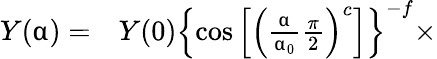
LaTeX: \begin{array}{rl}{Y(\upalpha)=}&{{}Y(0)\left\{ \mathrm{cos}\left[\left(\frac{\upalpha}{\upalpha_{0}}\frac{\pi}{2}\right)^{c}\right]\right\} ^{-f}\times}\end{array}